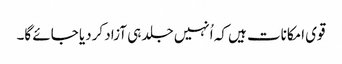
قوی امکانات ہیں کہ اُنہیں جلد ہی آزاد کردیا جائے گا۔